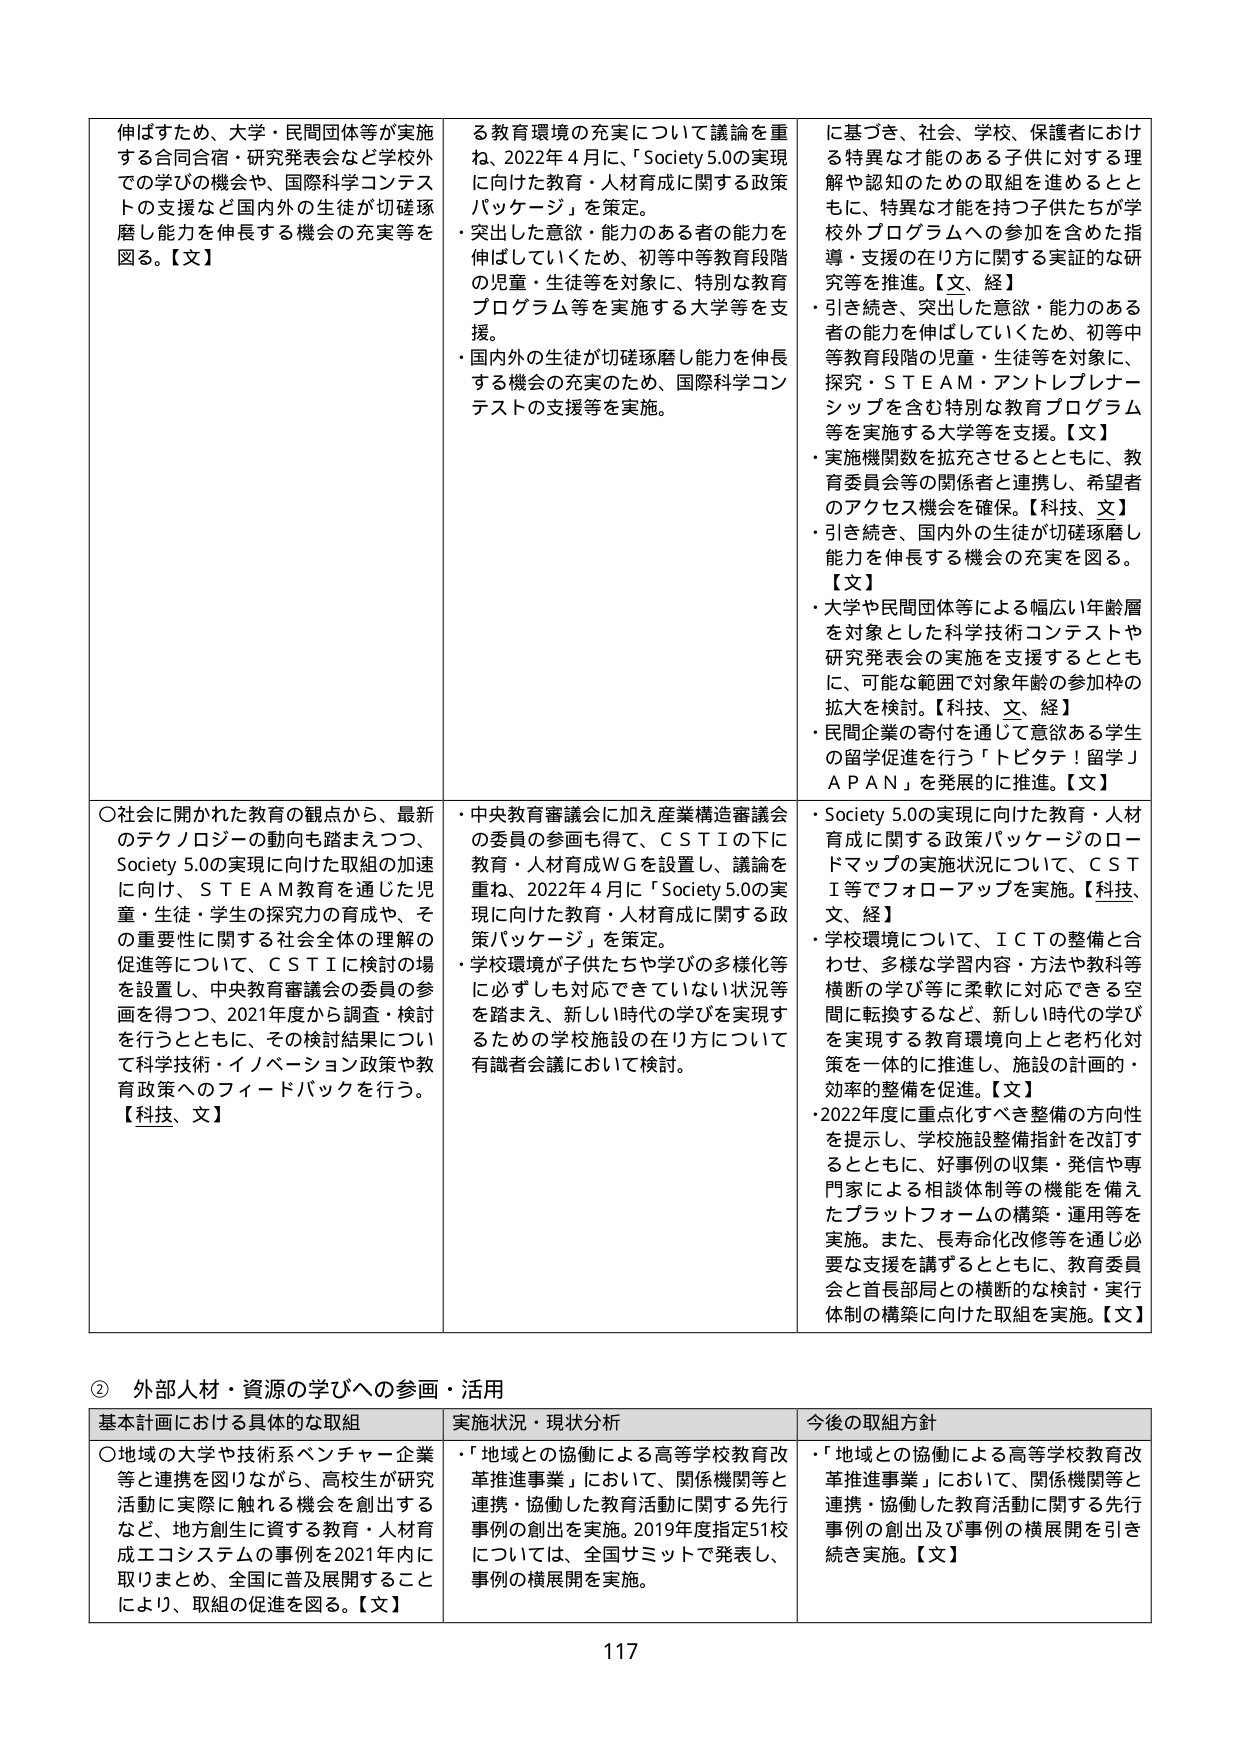
伸ばすため、大学・民間団体等が実施する合同合宿・研究発表会など学校外での学びの機会や、国際科学コンテストの支援など国内外の生徒が切磋琢磨し能力を伸長する機会の充実等を図る。【文】

○社会に開かれた教育の観点から、最新のテクノロジーの動向も踏まえつつ、Society 5.0の実現に向けた取組の加速に向け、ＳＴＥＡＭ教育を通じた児童・生徒・学生の探究力の育成や、その重要性に関する社会全体の理解の促進等について、ＣＳＴＩに検討の場を設置し、中央教育審議会の委員の参画を得つつ、2021年度から調査・検討を行うとともに、その検討結果について科学技術・イノベーション政策や教育政策へのフィードバックを行う。【科技、文】

る教育環境の充実について議論を重ね、2022年４月に、「Society 5.0の実現に向けた教育・人材育成に関する政策パッケージ」を策定。
・突出した意欲・能力のある者の能力を伸ばしていくため、初等中等教育段階の児童・生徒等を対象に、特別な教育プログラム等を実施する大学等を支援。
・国内外の生徒が切磋琢磨し能力を伸長する機会の充実のため、国際科学コンテストの支援等を実施。

・中央教育審議会に加え産業構造審議会の委員の参画も得て、ＣＳＴＩの下に教育・人材育成ＷＧを設置し、議論を重ね、2022年４月に「Society 5.0の実現に向けた教育・人材育成に関する政策パッケージ」を策定。
・学校環境が子供たちや学びの多様化等に必ずしも対応できていない状況等を踏まえ、新しい時代の学びを実現するための学校施設の在り方について有識者会議において検討。

に基づき、社会、学校、保護者における特異な才能のある子供に対する理解や認知のための取組を進めるとともに、特異な才能を持つ子供たちが学校外プログラムへの参加を含めた指導・支援の在り方に関する実証的な研究等を推進。【文、経】
・引き続き、突出した意欲・能力のある者の能力を伸ばしていくため、初等中等教育段階の児童・生徒等を対象に、探究・ＳＴＥＡＭ・アントレプレナーシップを含む特別な教育プログラム等を実施する大学等を支援。【文】
・実施機関数を拡充させるとともに、教育委員会等の関係者と連携し、希望者のアクセス機会を確保。【科技、文】
・引き続き、国内外の生徒が切磋琢磨し能力を伸長する機会の充実を図る。【文】
・大学や民間団体等による幅広い年齢層を対象とした科学技術コンテストや研究発表会の実施を支援するとともに、可能な範囲で対象年齢の参加枠の拡大を検討。【科技、文、経】
・民間企業の寄付を通じて意欲ある学生の留学促進を行う「トビタテ！留学ＪＡＰＡＮ」を発展的に推進。【文】

・Society 5.0の実現に向けた教育・人材育成に関する政策パッケージのロードマップの実施状況について、ＣＳＴＩ等でフォローアップを実施。【科技、文、経】
・学校環境について、ＩＣＴの整備と合わせ、多様な学習内容・方法や教科等横断の学び等に柔軟に対応できる空間に転換するなど、新しい時代の学びを実現する教育環境向上と老朽化対策を一体的に推進し、施設の計画的・効率的整備を促進。【文】
・2022年度に重点化すべき整備の方向性を提示し、学校施設整備指針を改訂するとともに、好事例の収集・発信や専門家による相談体制等の機能を備えたプラットフォームの構築・運用等を実施。また、長寿命化改修等を通じ必要な支援を講ずるとともに、教育委員会と首長部局との横断的な検討・実行体制の構築に向けた取組を実施。【文】

② 外部人材・資源の学びへの参画・活用

基本計画における具体的な取組
○地域の大学や技術系ベンチャー企業等と連携を図りながら、高校生が研究活動に実際に触れる機会を創出するなど、地方創生に資する教育・人材育成エコシステムの事例を2021年内に取りまとめ、全国に普及展開することにより、取組の促進を図る。【文】

実施状況・現状分析
・「地域との協働による高等学校教育改革推進事業」において、関係機関等と連携・協働した教育活動に関する先行事例の創出を実施。2019年度指定51校については、全国サミットで発表し、事例の横展開を実施。

今後の取組方針
・「地域との協働による高等学校教育改革推進事業」において、関係機関等と連携・協働した教育活動に関する先行事例の創出及び事例の横展開を引き続き実施。【文】

117